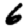
Digit: 6